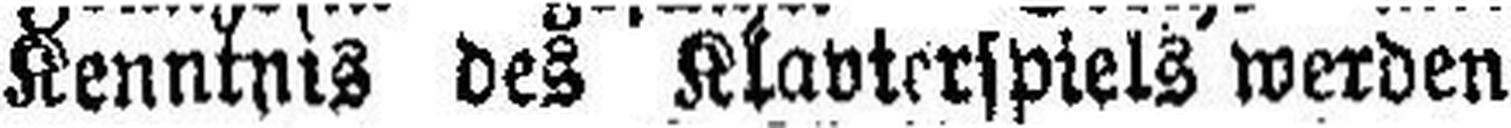
Kenntnis des Klavierspiels werden